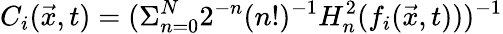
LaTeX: C_{i}(\vec{x},t)=(\Sigma_{n=0}^{N}2^{-n}(n!)^{-1}H_{n}^{2}(f_{i}(\vec{x},t)))^{-1}